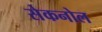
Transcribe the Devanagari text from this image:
सेकनोल